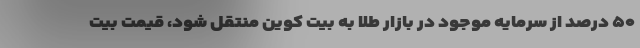
۵۰ درصد از سرمایه موجود در بازار طلا به بیت کوین منتقل شود، قیمت بیت